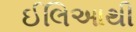
ઈલિઆથી